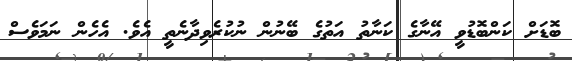
ބޮޑަށް ކަންބޮޑުވީ އޭނާގެ ކަނާތު އަތުގެ ބޭނުން ނުކުރެވިދާނެތީ އެވެ. އެހެން ނަމަވެސް